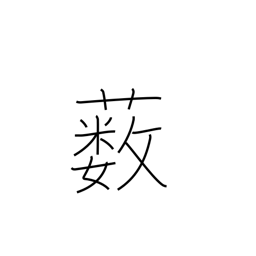
Meaning: underbrush